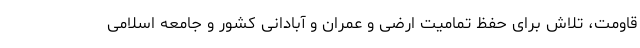
قاومت، تلاش برای حفظ تمامیت ارضی و عمران و آبادانی کشور و جامعه اسلامی